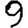
Digit: 9